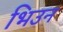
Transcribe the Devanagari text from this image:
भिउन